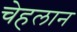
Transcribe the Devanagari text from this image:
चेहलान